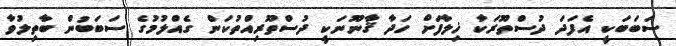
ސަބަބަކީ އެފަދަ ދުސްތޫރަކާ ޚިލާފަށް ހަދާ ޤާނޫނަކީ ދުސްތޫރިއްތުކަން ގެއްލުމުގެ ސަބަބުން ބާތިލުވާ